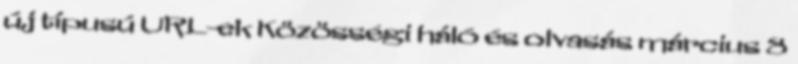
új típusú URL-ek Közösségi háló és olvasás március 8